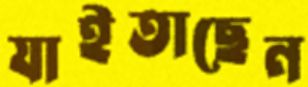
যাইতাছেন